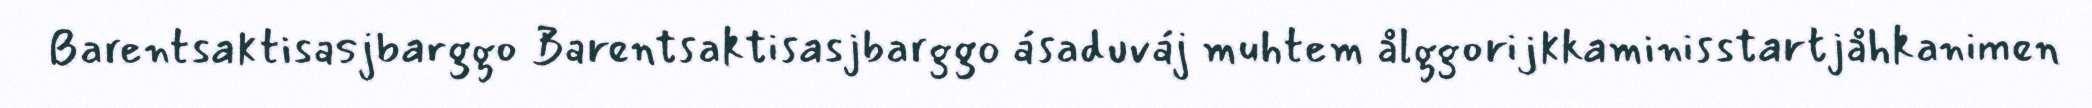
Barentsaktisasjbarggo Barentsaktisasjbarggo ásaduváj muhtem ålggorijkkaminisstartjåhkanimen